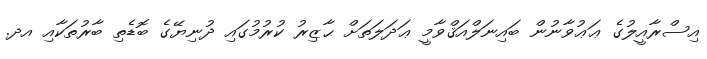
އިސްރާއީލުގެ ޢަޢުވާނުން ބައިނަލްއަޤްވާމީ ޢަދަލަތަށް ޙާޒިރު ކުރުމުގައި ދުނިޔޭގެ ބޮޑެތި ބާރުތަކާއި އދ.